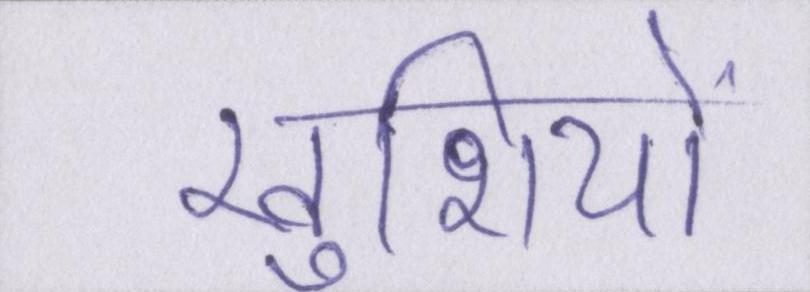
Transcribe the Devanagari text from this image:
खुशियों